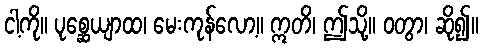
ငါ့ကို။ ပုစ္ဆေယျာထ၊ မေးကုန်လော့။ ဣတိ၊ ဤသို့။ ဝတွာ၊ ဆို၍။